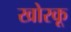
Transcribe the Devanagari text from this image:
खोरकू